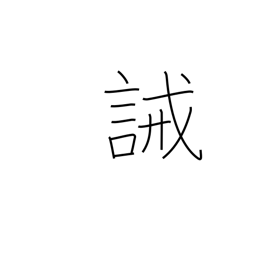
Meaning: prohibit